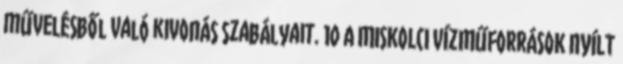
művelésből való kivonás szabályait. 10 A MISKOLCI VÍZMŰFORRÁSOK NYÍLT